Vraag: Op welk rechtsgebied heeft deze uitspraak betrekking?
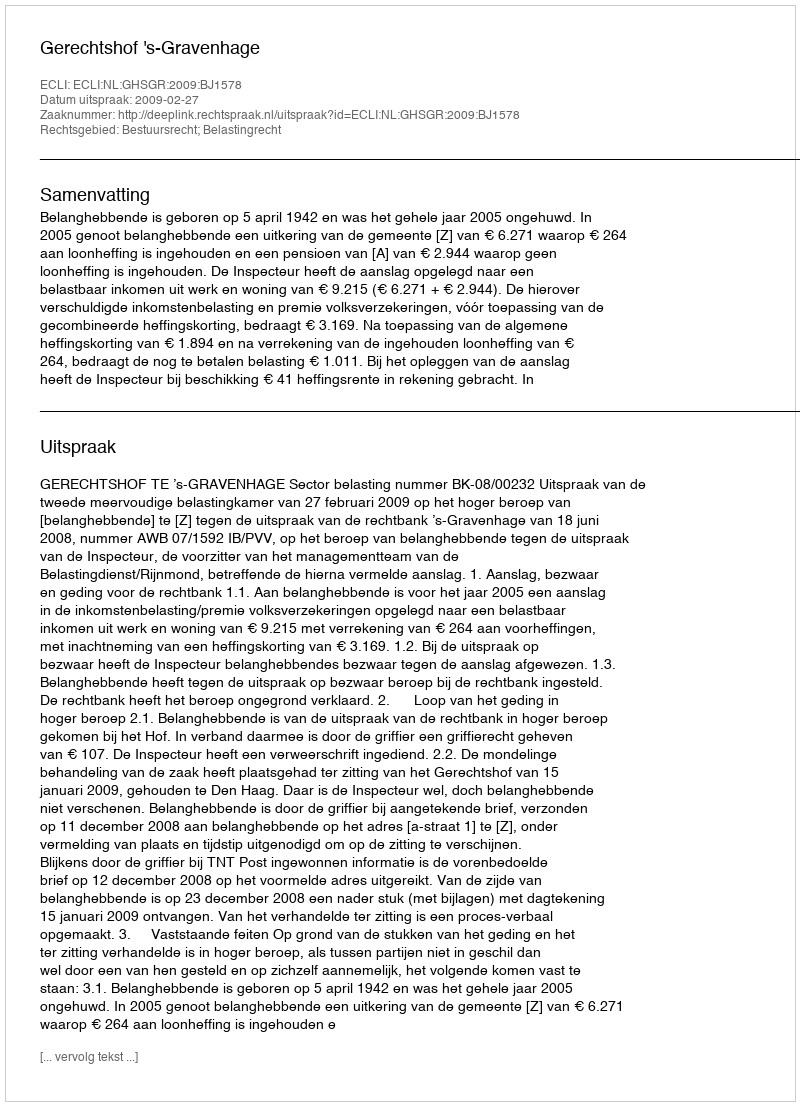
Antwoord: Bestuursrecht; Belastingrecht